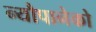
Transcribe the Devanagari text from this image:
न्यौपानेको